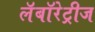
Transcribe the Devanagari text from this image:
लॅबॉरेट्रीज